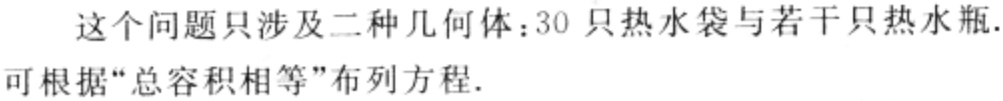
这个问题只涉及二种几何体：30 只热水袋与若干只热水瓶.
可根据“总容积相等”布列方程.